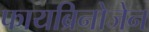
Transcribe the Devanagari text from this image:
फायब्रिनोजेन